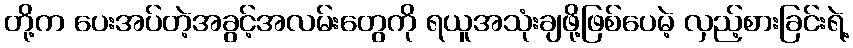
တို့က ပေးအပ်တဲ့အခွင့်အလမ်းတွေကို ရယူအသုံးချဖို့ဖြစ်ပေမဲ့ လှည့်စားခြင်းရဲ့